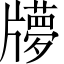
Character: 𤘂